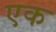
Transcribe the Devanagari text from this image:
एक